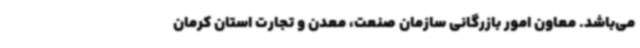
می‌باشد. معاون امور بازرگانی سازمان صنعت، معدن و تجارت استان کرمان